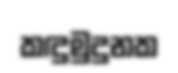
කඳුමුදුනක